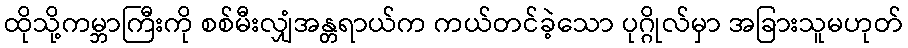
ထိုသို့ကမ္ဘာကြီးကို စစ်မီးလျှံအန္တရာယ်က ကယ်တင်ခဲ့သော ပုဂ္ဂိုလ်မှာ အခြားသူမဟုတ်